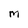
Character: M